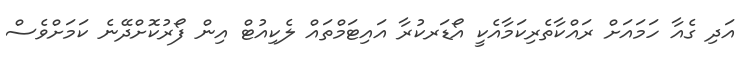
އަދި ގެއާ ހަމައަށް ރައްކާތެރިކަމާއެކީ އޯޑަރކުރާ އައިޓަމްތައް ލެކިއުޓް އިން ފޯރުކޮށްދޭނެ ކަމަށްވެސް